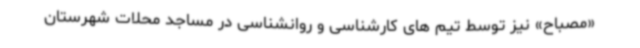
«مصباح» نیز توسط تیم های کارشناسی و روانشناسی در مساجد محلات شهرستان